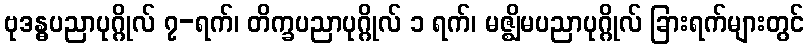
ဗုဒန္ဓပညာပုဂ္ဂိုလ် ၇-ရက်၊ တိက္ခပညာပုဂ္ဂိုလ် ၁ ရက်၊ မဇ္ဈိမပညာပုဂ္ဂိုလ် ခြားရက်များတွင်